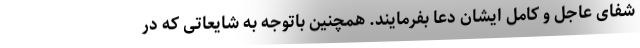
شفای عاجل و کامل ایشان دعا بفرمایند. همچنین باتوجه به شایعاتی که در